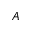
A